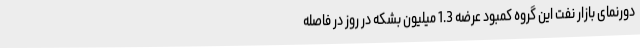
دورنمای بازار نفت این گروه کمبود عرضه 1.3 میلیون بشکه در روز در فاصله